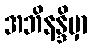
အဘိနန္ဒိမှာ